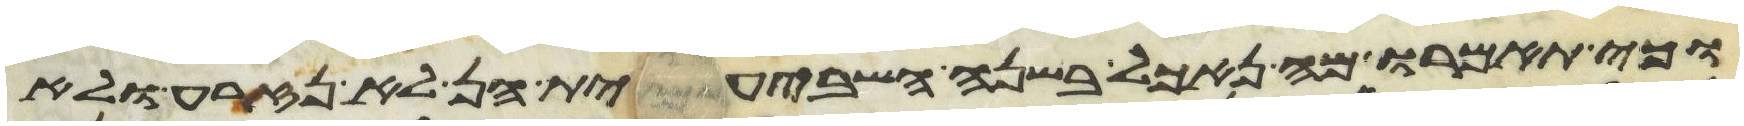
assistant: וכי תאמרו מה נאכל בשנה השביעית הן לא נזרע ולא